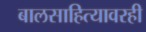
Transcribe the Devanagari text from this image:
बालसाहित्यावरही